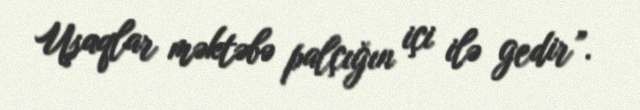
Uşaqlar məktəbə palçığın içi ilə gedir”.